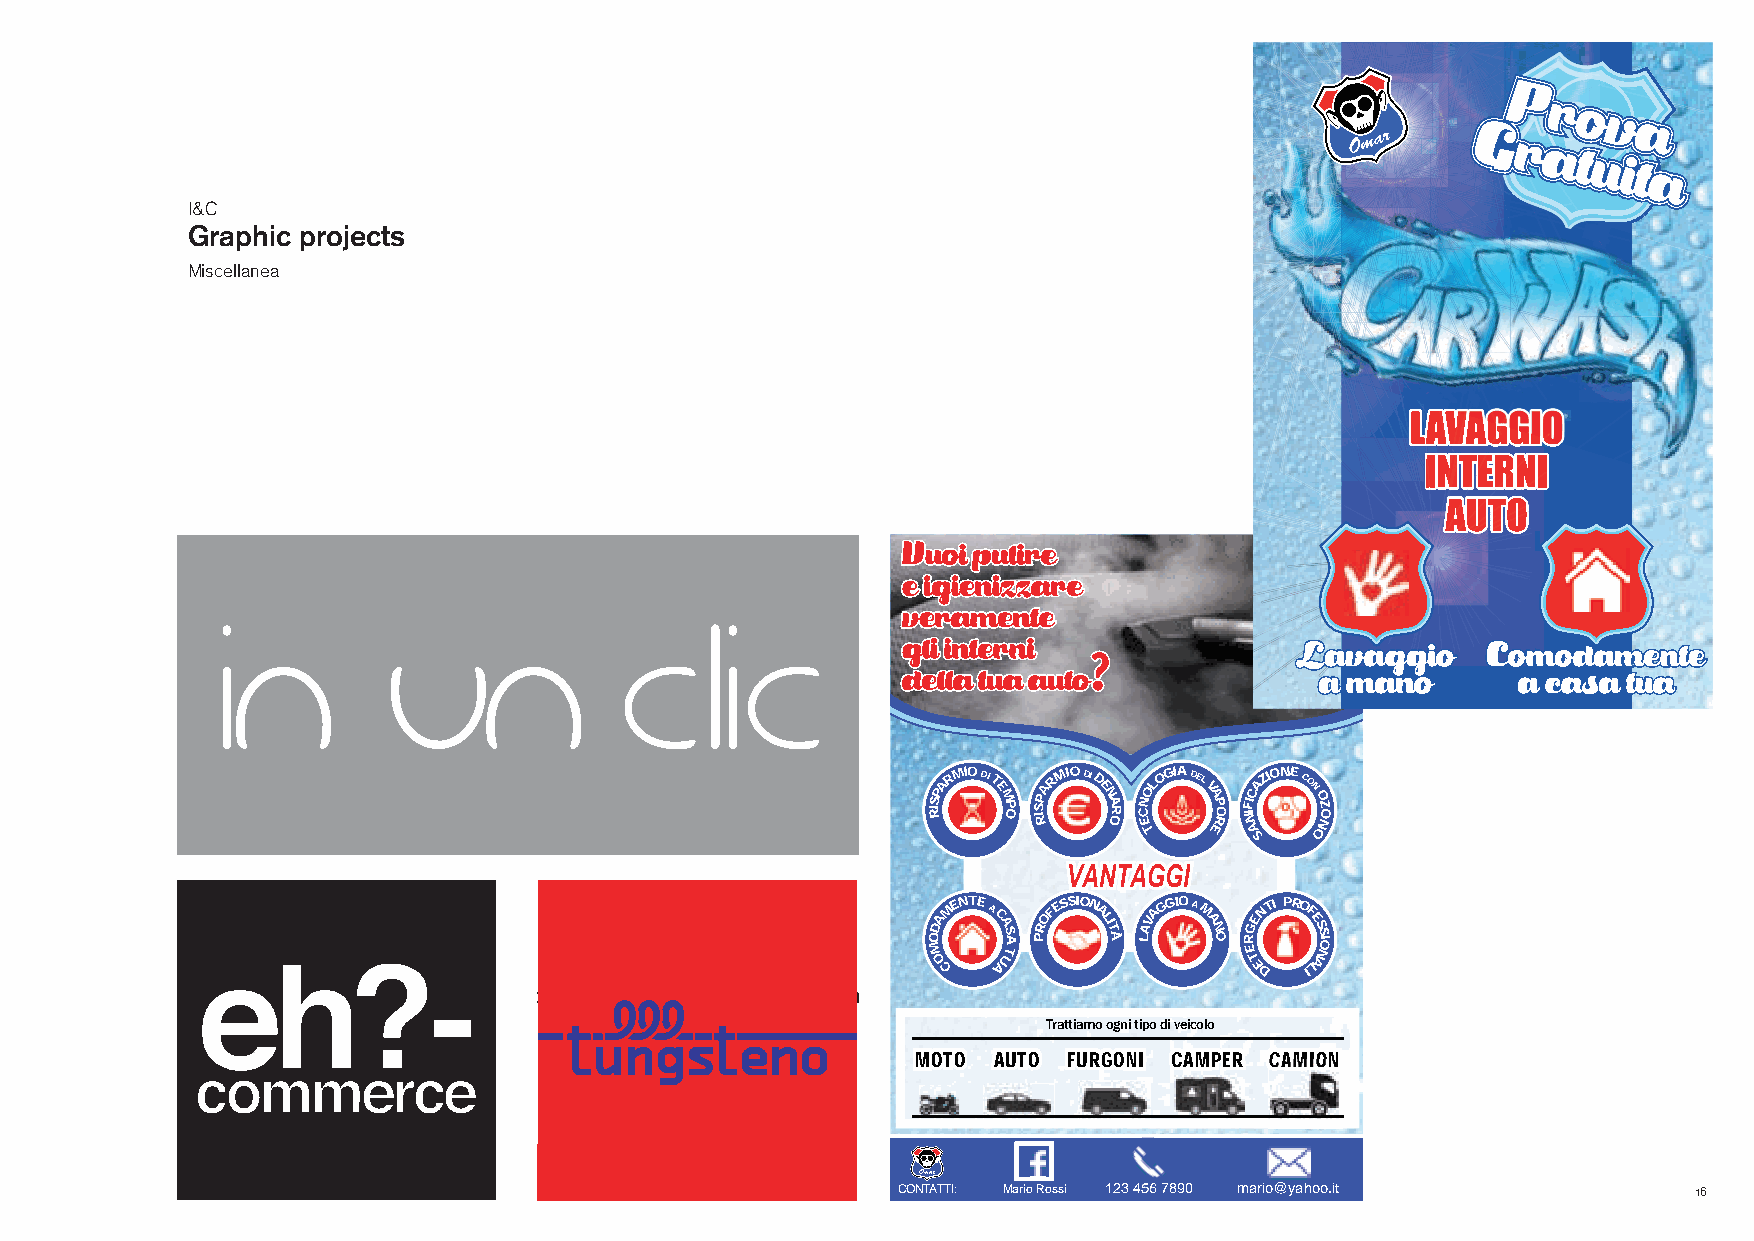
I&C
 Graphic projects
 Miscellanea
 formato A5, metà di un A4.
 di solito i volantini hanno questo formato.
 Stampare su un A4 ,
 selezionare “nessun adattamento” sulle impostazioni di stampa
 RISPARMIO DI T EM P O IRSPARMIO DI D E N A R O C EN TOLOGIA DEL VA EP RO NIFI ACAZ IONE CON O OZ NO
 S
 MO ODA CM ENTE A C AA US TA PROFESSION A LIT À LAVAGGIO A M AN O ER TG EE DN TI PROF IE LS AS NIO
 Trattiamo ogni tipo di veicolo
 MOTO AUTO FURGONI CAMPER CCCCCCCCCCCCCAAAAAAAAAAAAAMMMMMMMMMMMMMIIIIIIIIIIIIIOOOOOOOOOOOOONNNNNNNNNNNNN
 CONTATTI: Mario Rossi 112233 445566 77 889900 m ario@yahoo.it 16